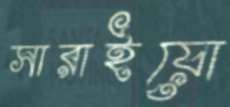
সারাইয়ো